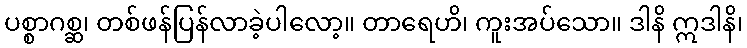
ပစ္စာဂစ္ဆ၊ တစ်ဖန်ပြန်လာခဲ့ပါလော့။ တာရေဟိ၊ ကူးအပ်သော။ ဒါနိ ဣဒါနိ၊